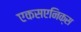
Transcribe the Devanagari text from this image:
एकसएनिक्स